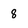
Character: 8